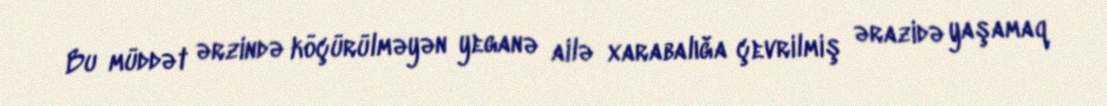
Bu müddət ərzində köçürülməyən yeganə ailə xarabalığa çevrilmiş ərazidə yaşamaq